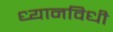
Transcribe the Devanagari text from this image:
ध्यानविधी